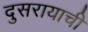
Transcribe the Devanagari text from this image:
दुसरायाची